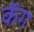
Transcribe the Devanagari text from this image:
कॅग